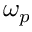
\omega _ { p }